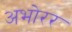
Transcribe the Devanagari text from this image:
अभोरर